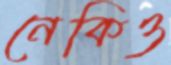
নেকিও